Bréfritari: Helga Pálsdóttir
Viðtakandi: Jakobína Magnúsdóttir
Dagsetning: A-1878-10-04
Skrifað á: Eyrarlandi  Eyf.
Helga var ekkja Stefáns B. L. Thorarensen sem var bróðir Jakobínu

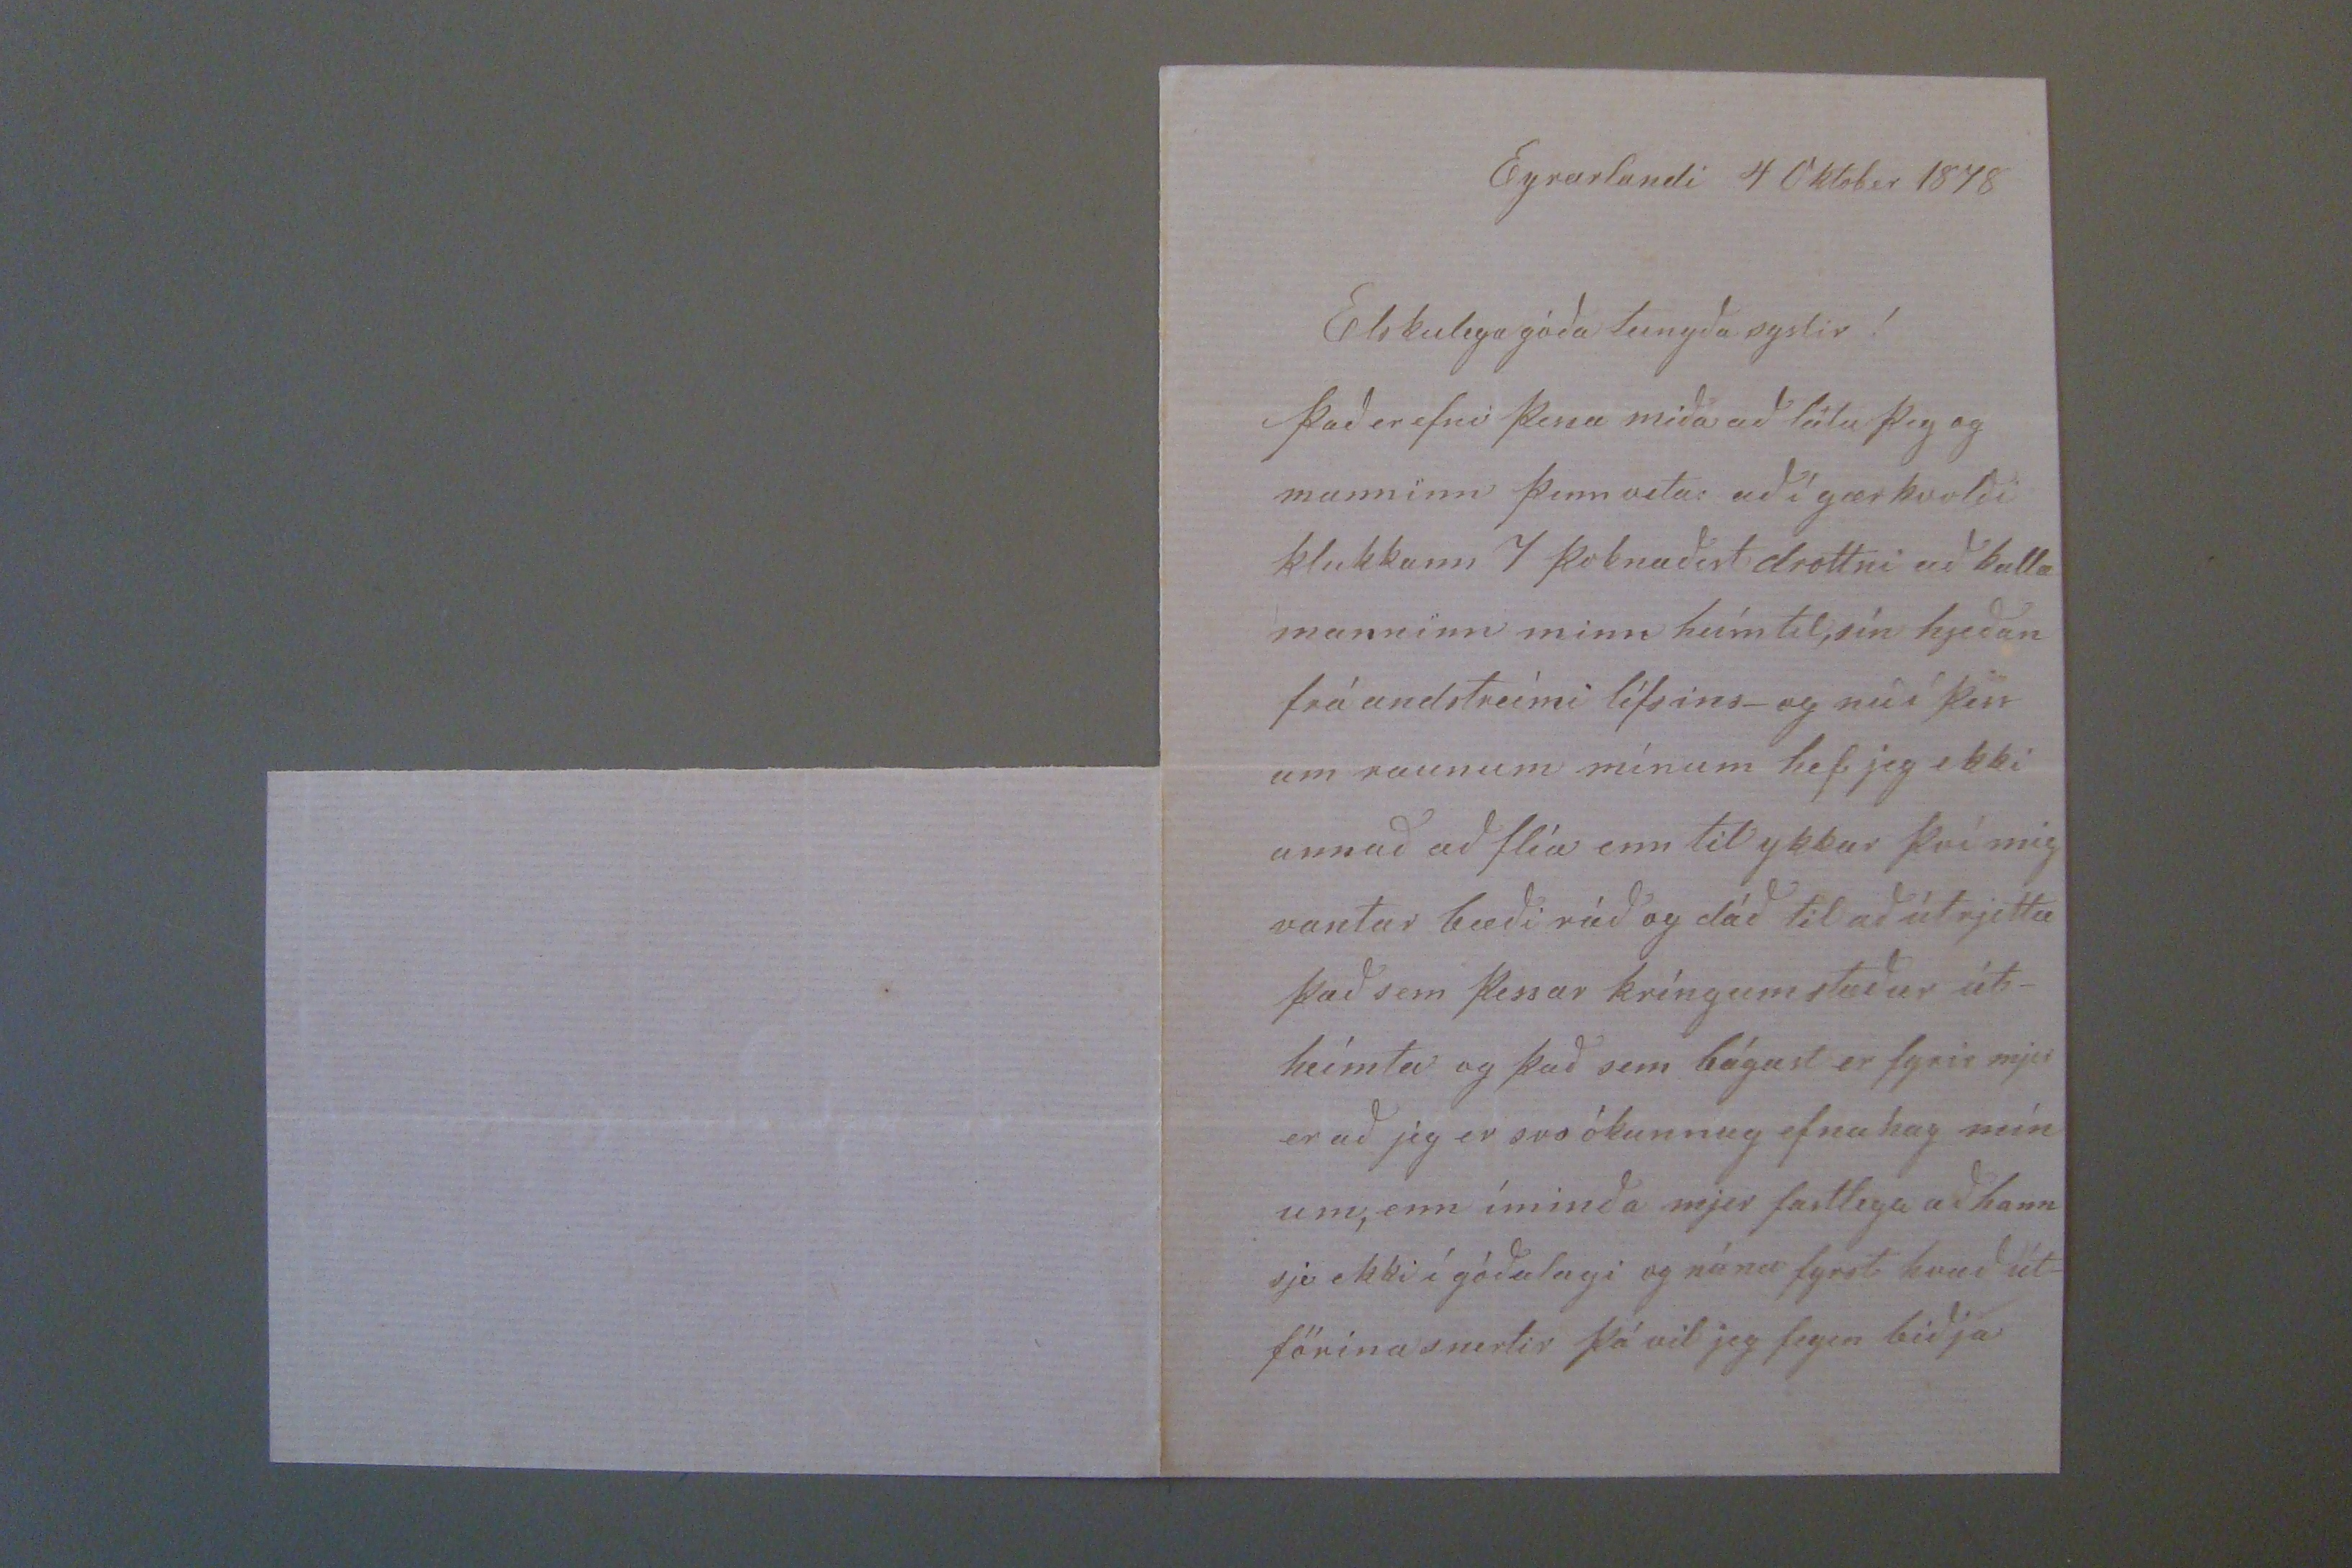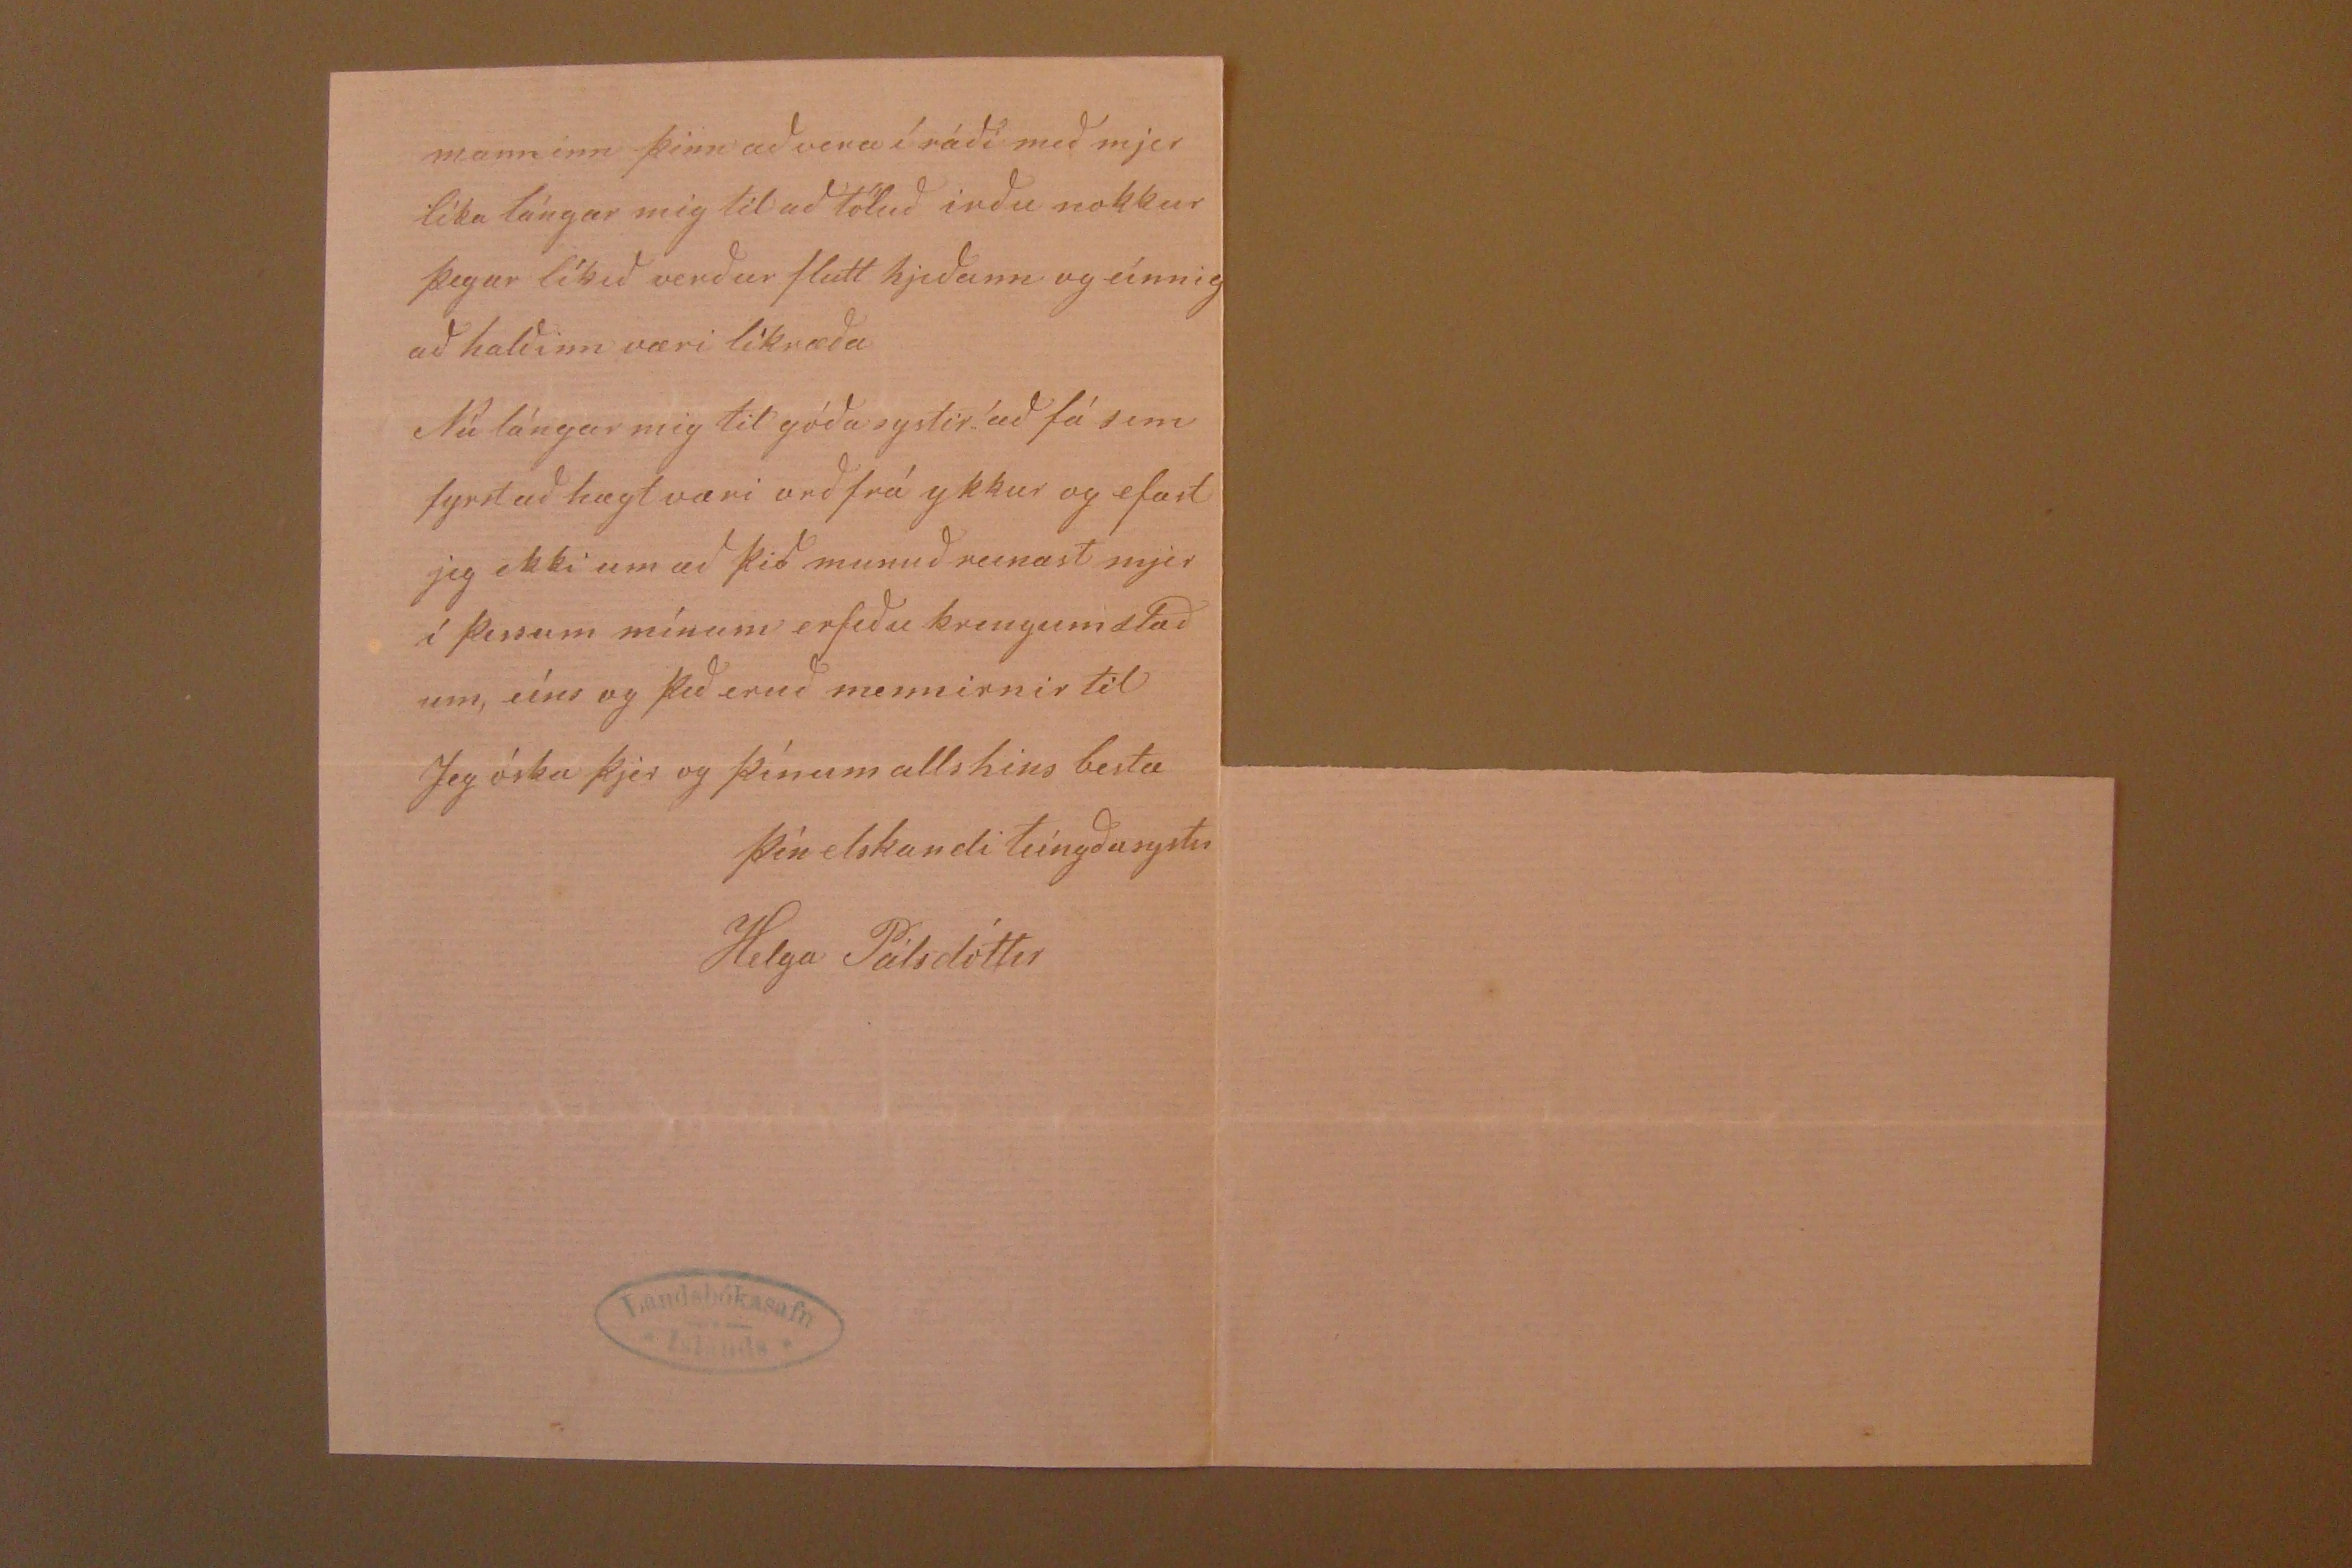

Eyrarlandi 4 Oktober 1878
Elskulega góða tengda systir!
Það er efni þessa miða að láta þig og manninn þinn vita að i gærkvoldi klukkann 7 þoknaðist drottni að kalla manninn minn heím til, sín hjeðan frá andstreími lífsins_ og nú í þin um raunum mínum hef jeg ekki annað að flía enn til ykkar því mig vantar bæði ráð og dáð til að útrjetta það sem þessar kríngumstæður út- heímta og það sem bágast er fyrir mjer er að jeg er svo ókunnug efnahag mín um, enn íminda mjer fastlega að hann sje ekki í góðu lagi og
0á0a
fyrst hvað út- förina snertir þá vil jeg fegin biðja
manninn þinn að vera í ráði með mjer líka lángar mig til að töluð irðu nokkur þegar líkið verður flutt hjeðann og eínnig að haldinn væri líkræða Nú lángar mig til góða systir að fá sem fyrst að hægt væri orð frá ykkur og efast jeg ekki um að þið munuð reinast mjer í þessum mínum erfiðu kringumstæð um, eíns og þið eruð mennirnir til Jeg óska þjer og þínum alls hins besta
þín elskandi teíngdasystir
Helga Pálsdóttir